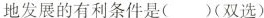
地发展的有利条件是( )(双选)